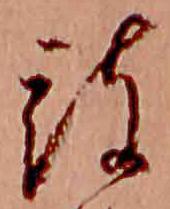
被